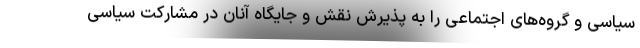
سیاسی و گروه‌های اجتماعی را به پذیرش نقش و جایگاه آنان در مشارکت سیاسی